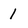
Character: 1